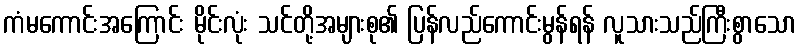
ကံမကောင်းအကြောင်း မိုင်းလုံး သင်တို့အများစု၏ ပြန်လည်ကောင်းမွန်ရန် လူသားသည်ကြီးစွာသော